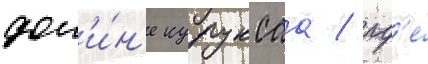
дол'и́н'е куруксаа / гд'е́